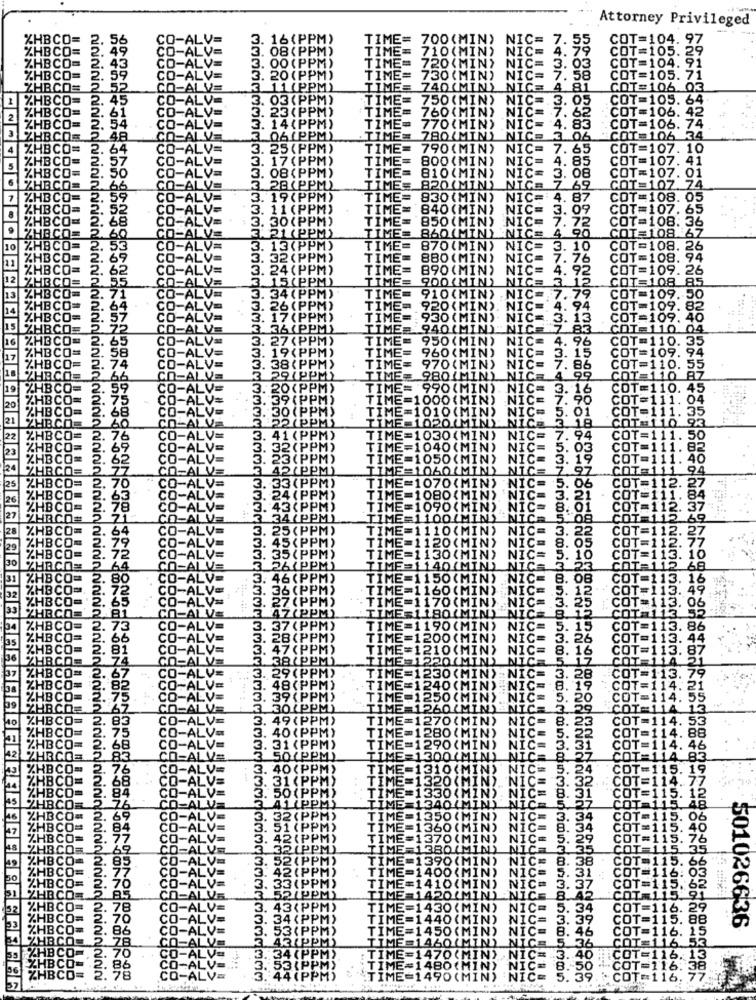
Attorney Privileged
TIME
700 (MIN)
JIC= 7.
55
COT=104. 97
TI
710 (MI
C=
4.
COT=105. 29
TIME
03
TIME= 720(MIN)
NIC=
COT=104. 91
TIME=
730 (MIN)
NIC= 7.58
COT=105. 71
PPM)
TIME= 740(MIN)
ZZZz
NIC= 4.81
COT=106.03
3. 03(PPM)
'TIME= 750(MIN) NIC= 3. 05
COT=105. 64
23 (PF
TIME
TIME=
760 (MIN) NIC=
770 (MIN) NIC= 4.83
62 COT=106. 42
3. 14 (PPM)
OLIPPM)
COT=106. 74
06
. TIME=
780(MIN)
NIC= 3 06 COT=106 34
25(PPM)
TIME=
790 (MIN)
NIC= 7. 65
COT=107. 10
17 (PPM)
TIME
800 (MIN)
COT=107. 41
TIME=
810 (MIN)
NIC= 4. 85
08(PPM)
NIC= 3. 08
COT=107. 01
28 (PPM)
TIME:
820(MIN) NIC=
7. 69
COT=107.74
19(PPM)
TIME=
830 (MIN) NIC=
4. 87
OT=108. 05
11 (PPM)
TIME=
840 (MIN)
.NIC=
09
OT=107. 65
TIM
850 (MIN) NIC=
860 (MIN)NICE
OT=108: 36
NOT=108 67
TI
870 (MIN)
NIC=
. 10
COT=108. 26
TIME
880 (MIN)
NIC=
. 76
COT=108. 94
TIM
890 (MIN)
NIC=
4. 92
COT=109. 26
900 (MIN) NICE
NIC=
COT=108 85
TIME
910 (MIN)
NIC= 7.79
COT=109. 50
TIM
920 (MIN). NIC=
1. 94
COT=109. 82
TIM
930 (MIN) NIC=
13
COT=109. 40
940 (MIN)"NICE
04
TIME
950 (MIN)
NIC=
96
COT=110. 35
TIME
960 (MIN)
OT-
109
24
OT=
TIME=
970 (MIN)
NI
86
110.
980(MIN)
110 87
TIM
TIME= 990(MIN)
110. 45
TIM
=1000(MIN)
11. 04
"TIME=1010(MIN)
NI
MS
1020(MIN).
18
M)
TIME
1030(MIN)
NICE
94
PM)
IME
1040 (MIN
NIČ
PM)
TIME=1050 (MIN)
NIC
PM)
IME=
ic-
PPM)
TIME=1070(MI
PM)
1080(MIN
IME
1090 (MIN
PMJ
PM)
10(MI
NICE
130(M
40 (MI
CO
TIME=11500
IN
COM
IME=1160(MI
TIME=1170(MIN)
TIME 1180(MIN)
IME
1190(MI
IME:
200 (MI
IME =1210(MI
PM)
TIME=1220(MIN
PM)
TIME=1230 (MIN
IME=1240 (MIN
IME
=1250 (MI
'M)
IME
1260(MIN)
Zzzzzzą
ICE
70{M
=1280 (MIN)
1290 (MIN)
NIC=
OM
NIC=
20 (MI
N)
NIC=
:1330
IN)
1340
NIC
350(
360 (MIN)
370 (MIN)
NIČ
380(MIN) NIC
IN'
NIC
38
IN)
NIC
ICE
410(MIN
1.C
130 (
NIC= 5.
34
140 (
39
50
CE
8.46
501026636
5
ZZZZZ
nonodoo.